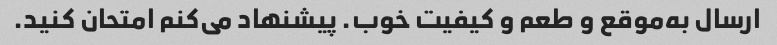
ارسال به‌موقع و طعم و کیفیت خوب. پیشنهاد می‌کنم امتحان کنید.